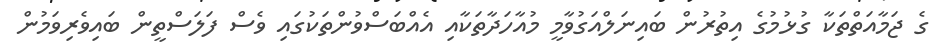
ގެ ޖަމާއަތްތަކާ ގުޅުމުގެ އިތުރުން ބައިނަލްއަގުވާމީ މުއާހަދާތަކާއި އެއްބަސްވުންތަކުގައި ވެސް ފަލަސްތީން ބައިވެރިވަމުން